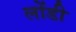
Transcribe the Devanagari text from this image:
लोंडी